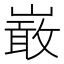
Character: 𭗐